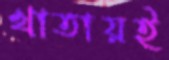
খাতায়ই